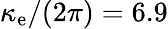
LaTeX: \kappa_{\mathrm{e}}/(2\pi)=6.9